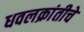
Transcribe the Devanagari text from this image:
धवलक्रांतीचे